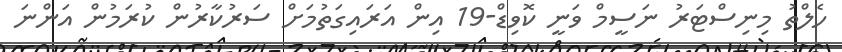
ހެލްތު މިނިސްޓަރު ނަސީމް ވަނީ ކޮވިޑް-19 އިން އަރައިގަތުމަށް ސަރުކާރުން ކުރަމުން އަންނަ